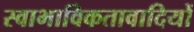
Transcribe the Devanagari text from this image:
स्वाभाविकतावादियों